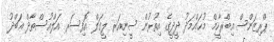
ޕްރިޒަންސް އިބްރާހީމް މުޙައްމަދު ދީދީގެ އިތުރުން ސީނިއަރ ލީގަލް އޮފިސަރ އަލްއުސްތާޛް ޢަބްދު